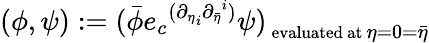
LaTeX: (\phi,\psi):={(\bar{\phi}{e_{c}}^{({{\partial}_{\eta}}_{i}{{\partial}_{\bar{\eta}}}^{i})}\psi)}_{\mathrm{\small~evaluated~at~\mathrm{}}\eta=0=\bar{\eta}}